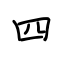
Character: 四